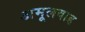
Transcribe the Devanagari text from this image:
अमूलवाड